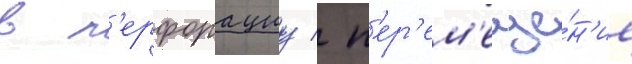
в п'ерфорациу / п'ер'ем'еще́н'ие